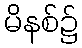
မိနစ်၌